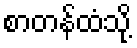
စာတန်ထံသို့